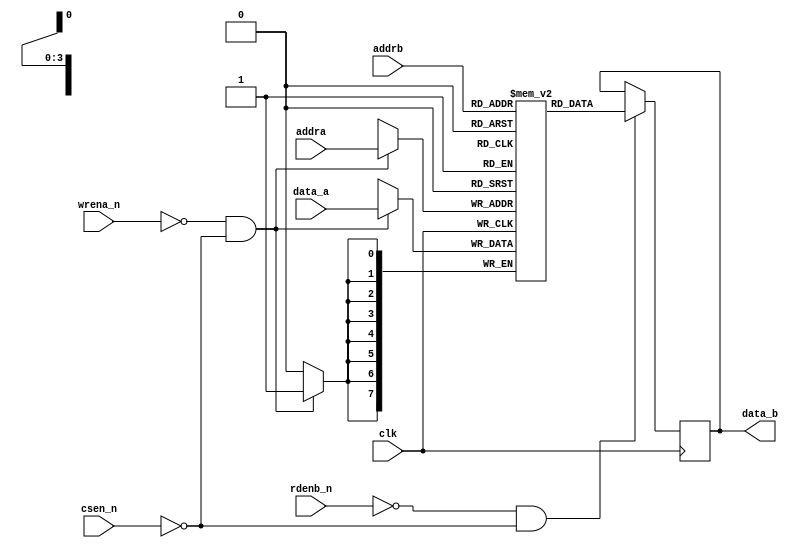
module dp_sram(/*autoarg*/
   // Outputs
   data_b,
   // Inputs
   clk, csen_n, addra, data_a, wrena_n, addrb, rdenb_n
   );

    parameter           ADDR_WIDTH  =   4;
    parameter           DATA_WIDTH  =   8;

    input               clk;
    input               csen_n;
    //Port A Signal
    input       [ADDR_WIDTH-1:0]   addra;
    input       [DATA_WIDTH-1:0]    data_a;
    input               wrena_n;
    //Port B Signal
    input       [ADDR_WIDTH-1:0]   addrb;
    input               rdenb_n;
    output   reg   [DATA_WIDTH-1:0]   data_b;

reg     [DATA_WIDTH-1:0]   register[2**ADDR_WIDTH-1:0];
reg     [ADDR_WIDTH-1:0]    addrb_r;

always @(posedge clk)begin
    if(!wrena_n && !csen_n)
        register[addra] <= data_a;
end

always @(posedge clk)begin
    if(!rdenb_n && !csen_n)
        data_b <= register[addrb];//read old data
        //addrb_r <= addrb//read new data
end

//assign data_b = register[addrb_r];//read new data


endmodule